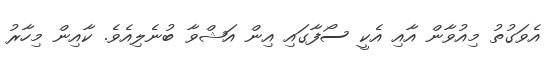
އެވަގުތު މިއުވާން އާއި އެކީ ސޯފާގައި އިން އަޝްވާ ބުނެލިއެވެ. ކާއިން މިހާރު